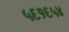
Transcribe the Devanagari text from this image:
५६१६५४